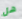
هل